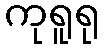
ကုရူရု